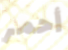
أحمر